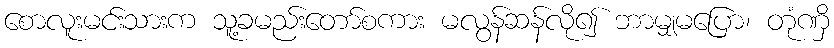
စောလူးမင်းသားက သူ့ခမည်းတော်စကား မလွန်ဆန်လို၍ ဘာမျှမပြော၊ တုံဏှိ